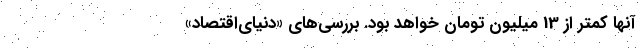
آنها کمتر از 13 میلیون تومان خواهد بود. بررسی‌‌های «دنیای‌اقتصاد»